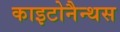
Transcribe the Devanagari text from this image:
काइटोनैन्थस